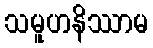
သမူဟနိဿာမ